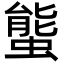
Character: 螚